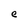
Character: e